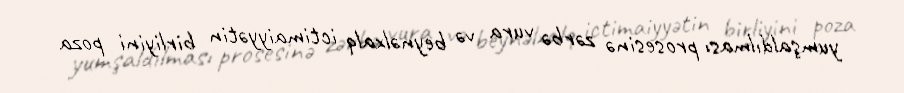
yumşaldılması prosesinə zərbə vura və beynəlxalq ictimaiyyətin birliyini poza